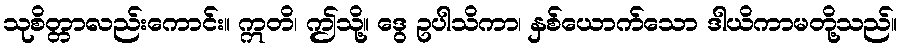
သုစိတ္တာလည်းကောင်း။ ဣတိ၊ ဤသို့။ ဒွေ ဥပါသိကာ၊ နှစ်ယောက်သော ဒါယိကာမတို့သည်။